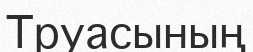
Труасының